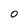
Character: O